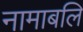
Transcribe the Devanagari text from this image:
नामाबलि